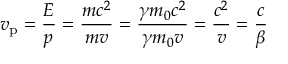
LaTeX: v _ { \mathrm { p } } = { \frac { E } { p } } = { \frac { m c ^ { 2 } } { m v } } = { \frac { \gamma m _ { 0 } c ^ { 2 } } { \gamma m _ { 0 } v } } = { \frac { c ^ { 2 } } { v } } = { \frac { c } { \beta } }